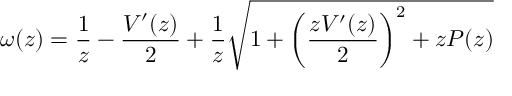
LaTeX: \omega ( z ) = \frac { 1 } { z } - \frac { V ^ { \prime } ( z ) } { 2 } + \frac { 1 } { z } \sqrt { 1 + \left( \frac { z V ^ { \prime } ( z ) } { 2 } \right) ^ { 2 } + z P ( z ) }